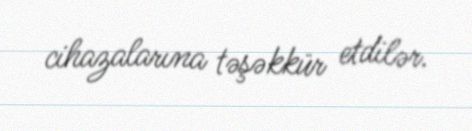
cihazalarına təşəkkür etdilər.